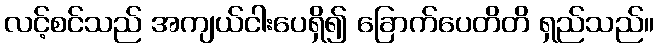
လင့်စင်သည် အကျယ်ငါးပေရှိ၍ ခြောက်ပေတိတိ ရှည်သည်။